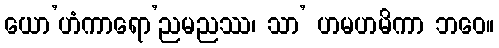
ယော’ဟံကာရော’ညမညဿ၊ သာ’ ဟမဟမိကာ ဘဝေ။